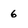
Character: 6